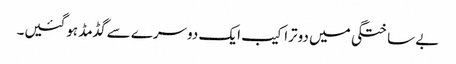
بے ساختگی میں دوتراکیب ایک دوسرے سے گڈمڈ ہوگئیں۔